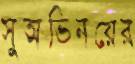
সুঅভিনয়ের